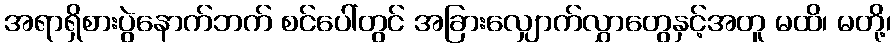
အရာရှိစားပွဲနောက်ဘက် စင်ပေါ်တွင် အခြားလျှောက်လွှာတွေနှင့်အတူ မထိ၊ မတို့၊